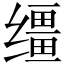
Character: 缰